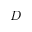
D